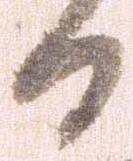
日